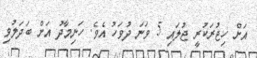
އަށް ހިޖުރަކުރީ ޖުލައި 5 ވަނަ ދުވަހު އެވެ. ހަނިމާދު އަށް ބަދަލުވި